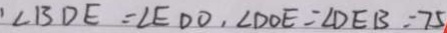
\angle B D E = \angle E D O , \angle D O E = \angle D E B = 7 5